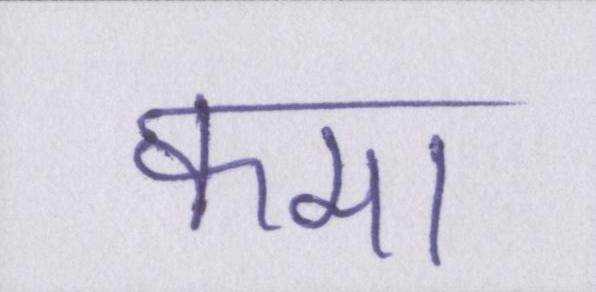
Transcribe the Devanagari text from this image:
कमा